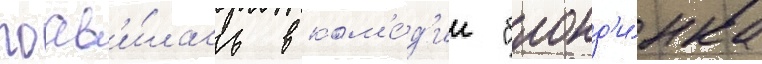
поав'и́лась в ком'е́д'ии "блонд'и́нка